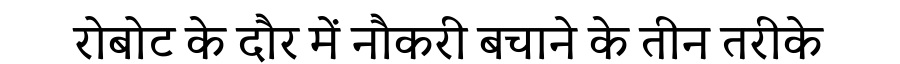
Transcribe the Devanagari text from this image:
रोबोट के दौर में नौकरी बचाने के तीन तरीके